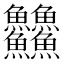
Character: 䲜